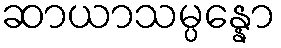
ဆာယာသမ္ပန္နော